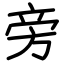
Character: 旁